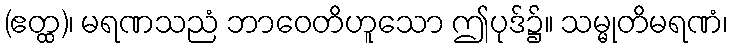
(ဧတ္ထ)၊ မရဏသညံ ဘာဝေတိဟူသော ဤပုဒ်၌။ သမ္မုတိမရဏံ၊